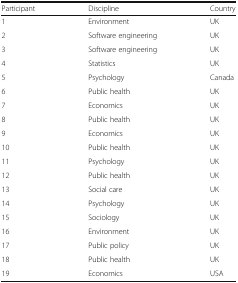
| Participant | Discipline | Country |
 | --- | --- | --- |
 | 1 | Environment | UK |
 | 2 | Software engineering | UK |
 | 3 | Software engineering | UK |
 | 4 | Statistics | UK |
 | 5 | Psychology | Canada |
 | 6 | Public health | UK |
 | 7 | Economics | UK |
 | 8 | Public health | UK |
 | 9 | Economics | UK |
 | 10 | Public health | UK |
 | 11 | Psychology | UK |
 | 12 | Public health | UK |
 | 13 | Social care | UK |
 | 14 | Psychology | UK |
 | 15 | Sociology | UK |
 | 16 | Environment | UK |
 | 17 | Public policy | UK |
 | 18 | Public health | UK |
 | 19 | Economics | USA |